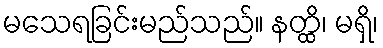
မသေရခြင်းမည်သည်။ နတ္ထိ၊ မရှိ၊